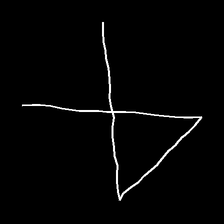
Glyph: collection